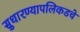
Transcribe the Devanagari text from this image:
सुधारण्यापलिकडचे